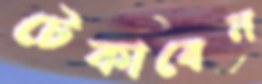
টেকাবেন